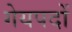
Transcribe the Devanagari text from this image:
गेयपदों